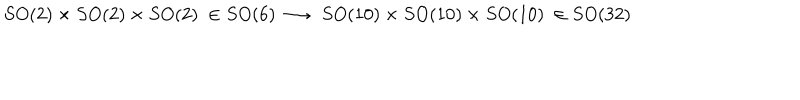
LaTeX: S O ( 2 ) \times S O ( 2 ) \times S O ( 2 ) \ \in S O ( 6 ) \longrightarrow \ S O ( 1 0 ) \times S O ( 1 0 ) \times S O ( 1 0 ) \ \in S O ( 3 2 )